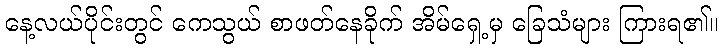
နေ့လယ်ပိုင်းတွင် ကေသွယ် စာဖတ်နေခိုက် အိမ်ရှေ့မှ ခြေသံများ ကြားရ၏။